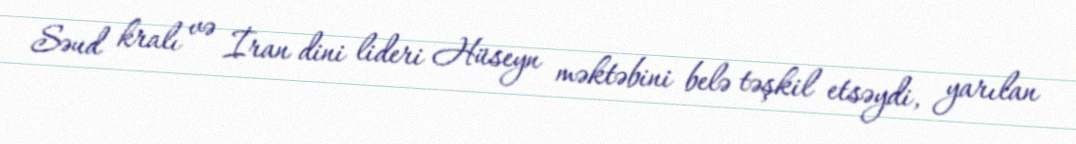
Səud kralı və İran dini lideri Hüseyn məktəbini belə təşkil etsəydi, yarılan